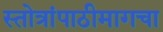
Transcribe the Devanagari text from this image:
स्तोत्रांपाठीमागचा